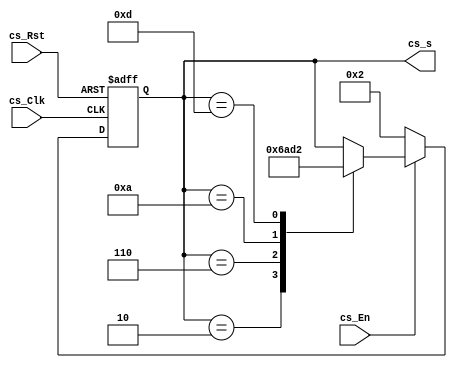
module channel_switch(cs_Clk,cs_Rst,cs_En,cs_s);

	input cs_Clk;
	input cs_Rst;
	input cs_En;
	output reg [3:0] cs_s;
	
	initial
		cs_s <= 4'd2;
		
	always@(posedge cs_Clk or negedge cs_Rst)
		begin
			if(!cs_Rst)
				cs_s <= 4'd2;
			else if(!cs_En)
				cs_s <= 4'd2;
			else
				begin
					case(cs_s)
						4'd2:
							begin
								cs_s <= 4'd6;
							end
						4'd6:
							begin
								cs_s <= 4'd10;
							end
						4'd10:
							begin
								cs_s <= 4'd13;
							end
						4'd13:
							begin
								cs_s <= 4'd2;
							end
						default:;
					endcase
				end
		end
endmodule